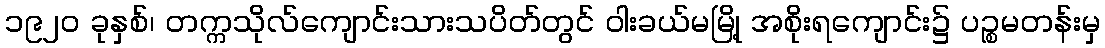
၁၉၂၀ ခုနှစ်၊ တက္ကသိုလ်ကျောင်းသားသပိတ်တွင် ဝါးခယ်မမြို့ အစိုးရကျောင်း၌ ပဉ္စမတန်းမှ